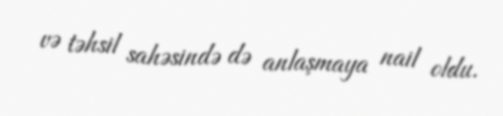
və təhsil sahəsində də anlaşmaya nail oldu.